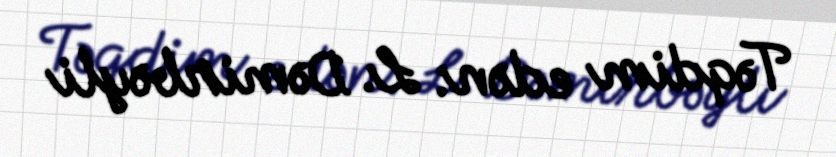
Təqdim edən: L. Dəmirbəyli